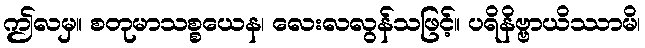
ဤလမှ။ စတုမာသစ္စယေန၊ လေးလလွန်သဖြင့်။ ပရိနိဗ္ဗာယိဿာမိ၊